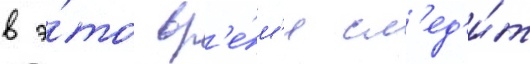
в э́то вр'е́м'я сл'ед'и́т